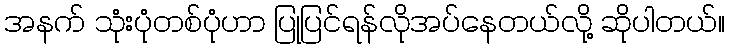
အနက် သုံးပုံတစ်ပုံဟာ ပြုပြင်ရန်လိုအပ်နေတယ်လို့ ဆိုပါတယ်။